Report of the Municipal Commissioner on the plague in Bombay for the year ending 31st May... - Volume 1
Disease focus: Plague
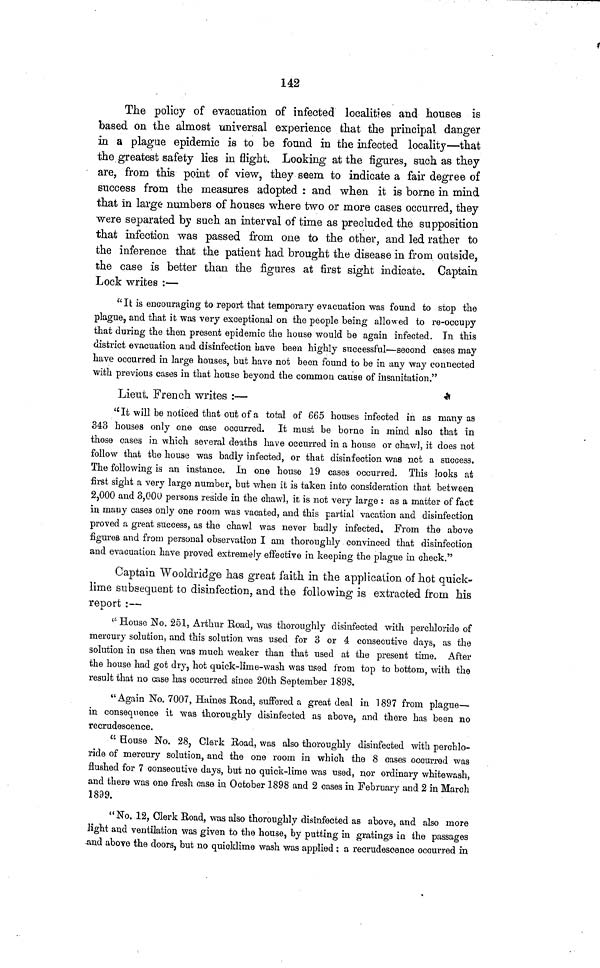
142
The policy of evacuation of infected localities and houses is
based on the almost universal experience that the principal danger
in a plague epidemic is to be found in the infected locality—that
the greatest safety lies in flight. Looking at the figures, such as they
are, from this point of view, they seem to indicate a fair degree of
success from the measures adopted : and when it is borne in mind
that in large numbers of houses where two or more cases occurred, they
were separated by such an interval of time as precluded the supposition
that infection was passed from one to the other, and led rather to
the inference that the patient had brought the disease in from outside,
the case is better than the figures at first sight indicate. Captain
Lock writes :—
"It is encouraging to report that temporary evacuation was found to stop the
plague, and that it was very exceptional on the people being allowed to re-occupy
that during the then present epidemic the house would be again infected. In this
district evacuation and disinfection uave been highly successful—second cases may
have occurred in large houses, but have not been found to be in any way connected
with previous cases in that house beyond the common cause of insanitation."
Lieut. French writes :—
"It will be noticed that out of a total of 665 houses infected in as manyas
343 houses only one case occurred. It must be borne in mind also that in
those cases in which several deaths have occurred in a house or chawl, it does not
follow that the house was badly infected, or that disinfection was not a success.
The following is an instance. In one house 19 cases occurred. This looks at
first sight a very large number, but when it is taken into consideration that between
2,000 and 3,000 persons reside in the chawl, it is not very large : as a matter of fact
in many cases only one room was vacated, and this partial vacation and disinfection
proved a great success, as the chawl was never badly infected. From the above
figures and from personal observation I ana thoroughly convinced that disinfection
and evacuation have proved extremely effective in keeping the plague in check."
Captain Wooldridge has great faith in the application of hot quick-
lime subsequent to disinfection, and the following is extracted from his
report :—
"House No. 251, Arthur Road, was thoroughly disinfected with perchloride of
mercury solution, and this solution was used for 3 or a consecutive days, as the
solution in use then was much weaker than that used at the present time. After
the house had got dry, hot quick-lime-wash was used from top to bottom, with the
result that no case has occurred since 20th September 1898.
"Again No. 7007, Haines Road, suffered a great deal in 1897 from plague—
in consequence it was thoroughly disinfected as above, and there has been no
recrudescence.
" House No. 28, Clerk Road, was also thoroughly disinfected with perchlo-
ride of mercury solution, and the one room in which the 8 cases occurred was
flushed for 7 consecutive days, but no quick-lime was used, nor ordinary whitewash,
and there was one fresh case in October 1898 and 2 cases in February and 2 in March
1899.
"No. 12, Clerk Road, was also thoroughly disinfected as above, and also more
light and ventilation was given to the house, by putting in gratings in the passages
and above the doors, but no quicklime wash was applied ; a recrudescence occurred in